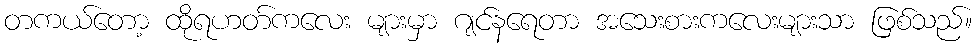
တကယ်တော့ ထိုရဟတ်ကလေး များမှာ ဂျင်နရေတာ အသေးစားကလေးများသာ ဖြစ်သည်။